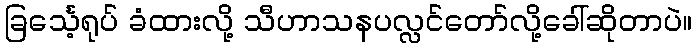
ခြင်္သေ့ရုပ် ခံထားလို့ သီဟာသနပလ္လင်တော်လို့ခေါ်ဆိုတာပဲ။